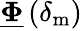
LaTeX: \underline{{\boldsymbol{\Phi}}}\left(\delta_{\mathrm{m}}\right)